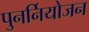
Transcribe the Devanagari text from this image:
पुनर्नियोजन